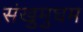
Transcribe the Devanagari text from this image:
संखुमुघम